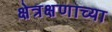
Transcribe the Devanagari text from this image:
क्षेत्रक्षणाच्या